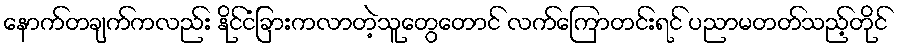
နောက်တချက်ကလည်း နိုင်ငံခြားကလာတဲ့သူတွေတောင် လက်ကြောတင်းရင် ပညာမတတ်သည့်တိုင်